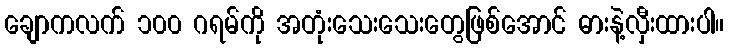
ချောကလက် ၁၀၀ ဂရမ်ကို အတုံးသေးသေးတွေဖြစ်အောင် ဓားနဲ့လှီးထားပါ။